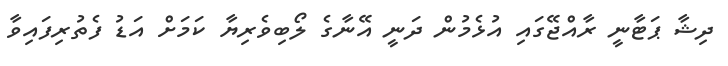
ދިޝާ ޕަޓާނީ ރާއްޖޭގައި އުޅެމުން ދަނީ އޭނާގެ ލޯބިވެރިޔާ ކަމަށް އަޑު ފެތުރިފައިވާ